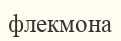
флекмона